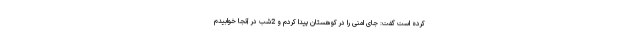
کرده است گفت: جای امنی را در کوهستان پیدا کردم و 2شب در آنجا خوابیدم